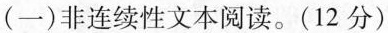
(一)非连续性文本阅读。(12分)